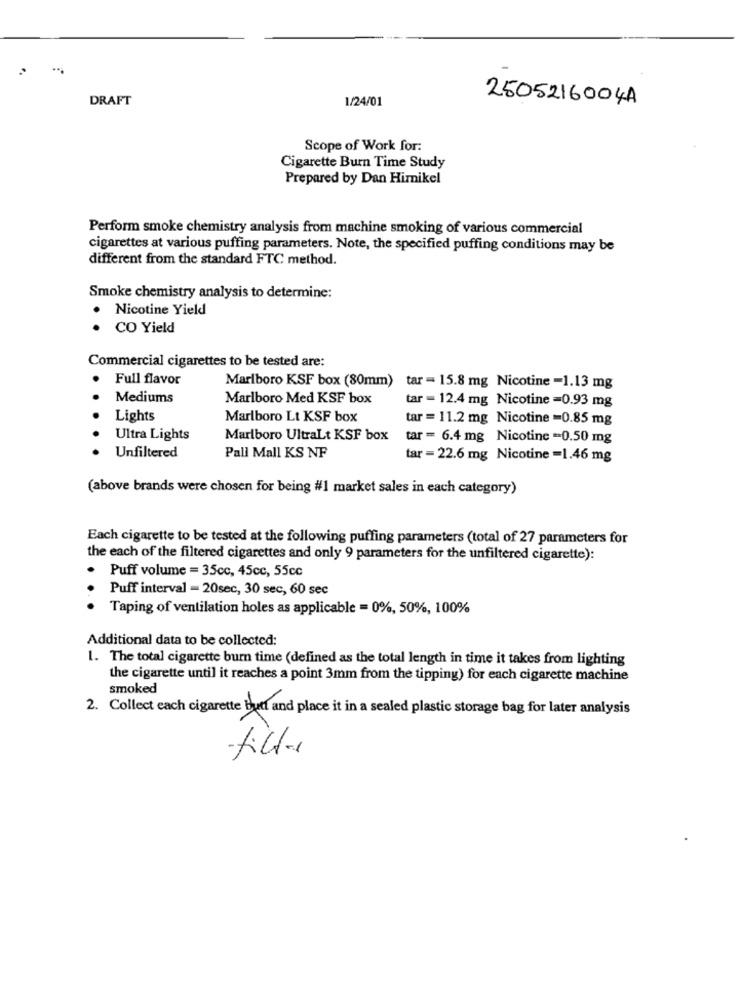
DRAFT
1/24/01
2505216004A
Scope of Work for:
Cigarette Burn Time Study
Prepared by Dan Himnikel
Perform smoke chemistry analysis from machine smoking of various commercial
cigarettes at various puffing parameters. Note, the specified puffing conditions may be
different from the standard FTC method.
Smoke chemistry analysis to determine:
.
Nicotine Yield
CO Yield
Commercial cigarettes to be tested are:
Full flavor
Marlboro KSF box (80mm) tar = 15.8 mg Nicotine -1.13 mg
Mediums
Marlboro Med KSF box
tar = 12.4 mg Nicotine =0.93 mg
Lights
Marlboro Lt KSF box
tar = 11.2 mg Nicotine =0.85 mg
Ultra Lights
Marlboro UltraLt KSF box
tar = 6.4 mg Nicotine -0.50 mg
Unfiltered
Pall Mall KS NF
tar = 22.6 mg Nicotine =1.46 mg
(above brands were chosen for being #1 market sales in each category)
Each cigarette to be tested at the following puffing parameters (total of 27 parameters for
the each of the filtered cigarettes and only 9 parameters for the unfiltered cigarette):
Puff volume = 35cc, 45cc, 55cc
Puff interval - 20sec, 30 sec, 60 sec
Taping of ventilation holes as applicable = 0%, 50%, 100%
Additional data to be collected:
1. The total cigarette burn time (defined as the total length in time it takes from lighting
the cigarette until it reaches a point 3mm from the tipping) for each cigarette machine
smoked
2. Collect each cigarette butt and place it in a sealed plastic storage bag for later analysis